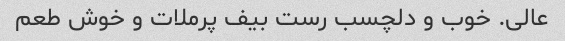
عالی. خوب و دلچسب رست بیف پرملات و خوش طعم